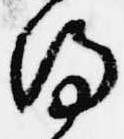
得